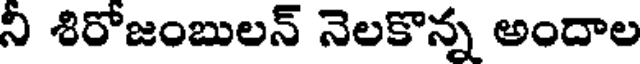
ని శిరోజంబులన్ నెలకొన్న అందాల